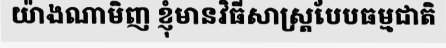
យ៉ាងណាមិញ ខ្ញុំមានវិធីសាស្ត្របែបធម្មជាតិ